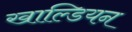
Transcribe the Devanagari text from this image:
खाल्डियन